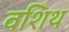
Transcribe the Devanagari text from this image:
वशिथ